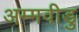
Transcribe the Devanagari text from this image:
अम्मवीडु